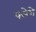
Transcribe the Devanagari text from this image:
फ्लेशे